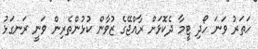
ހަތަރު ވަނަ ހޯދި ޓީމާ ދެކޮޅަށް ރާއްޖޭގެ ޒުވާން ކުޅުންތެރިން ވަނީ ރަނގަޅު